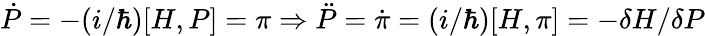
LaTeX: {\dot{P}}=-(i/\hbar)[H,P]=\pi\Rightarrow\ddot{P}=\dot{\pi}=(i/\hbar)[H,\pi]=-\delta H/\delta P